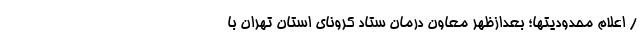
/ اعلام محدودیتها؛ بعدازظهر معاون درمان ستاد کرونای استان تهران با